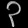
Digit: ၃